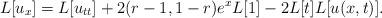
LaTeX: \begin{align*}L[u_x]=L[u_{tt}]+2(r-1, 1-r)e^xL[1]-2L[t]L[u(x,t)].\end{align*}